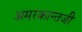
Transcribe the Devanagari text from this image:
अमरकान्तजी